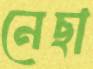
নেছা